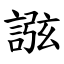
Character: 誸